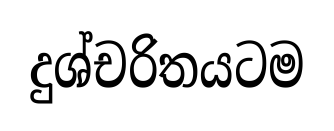
දුශ්චරිතයටම